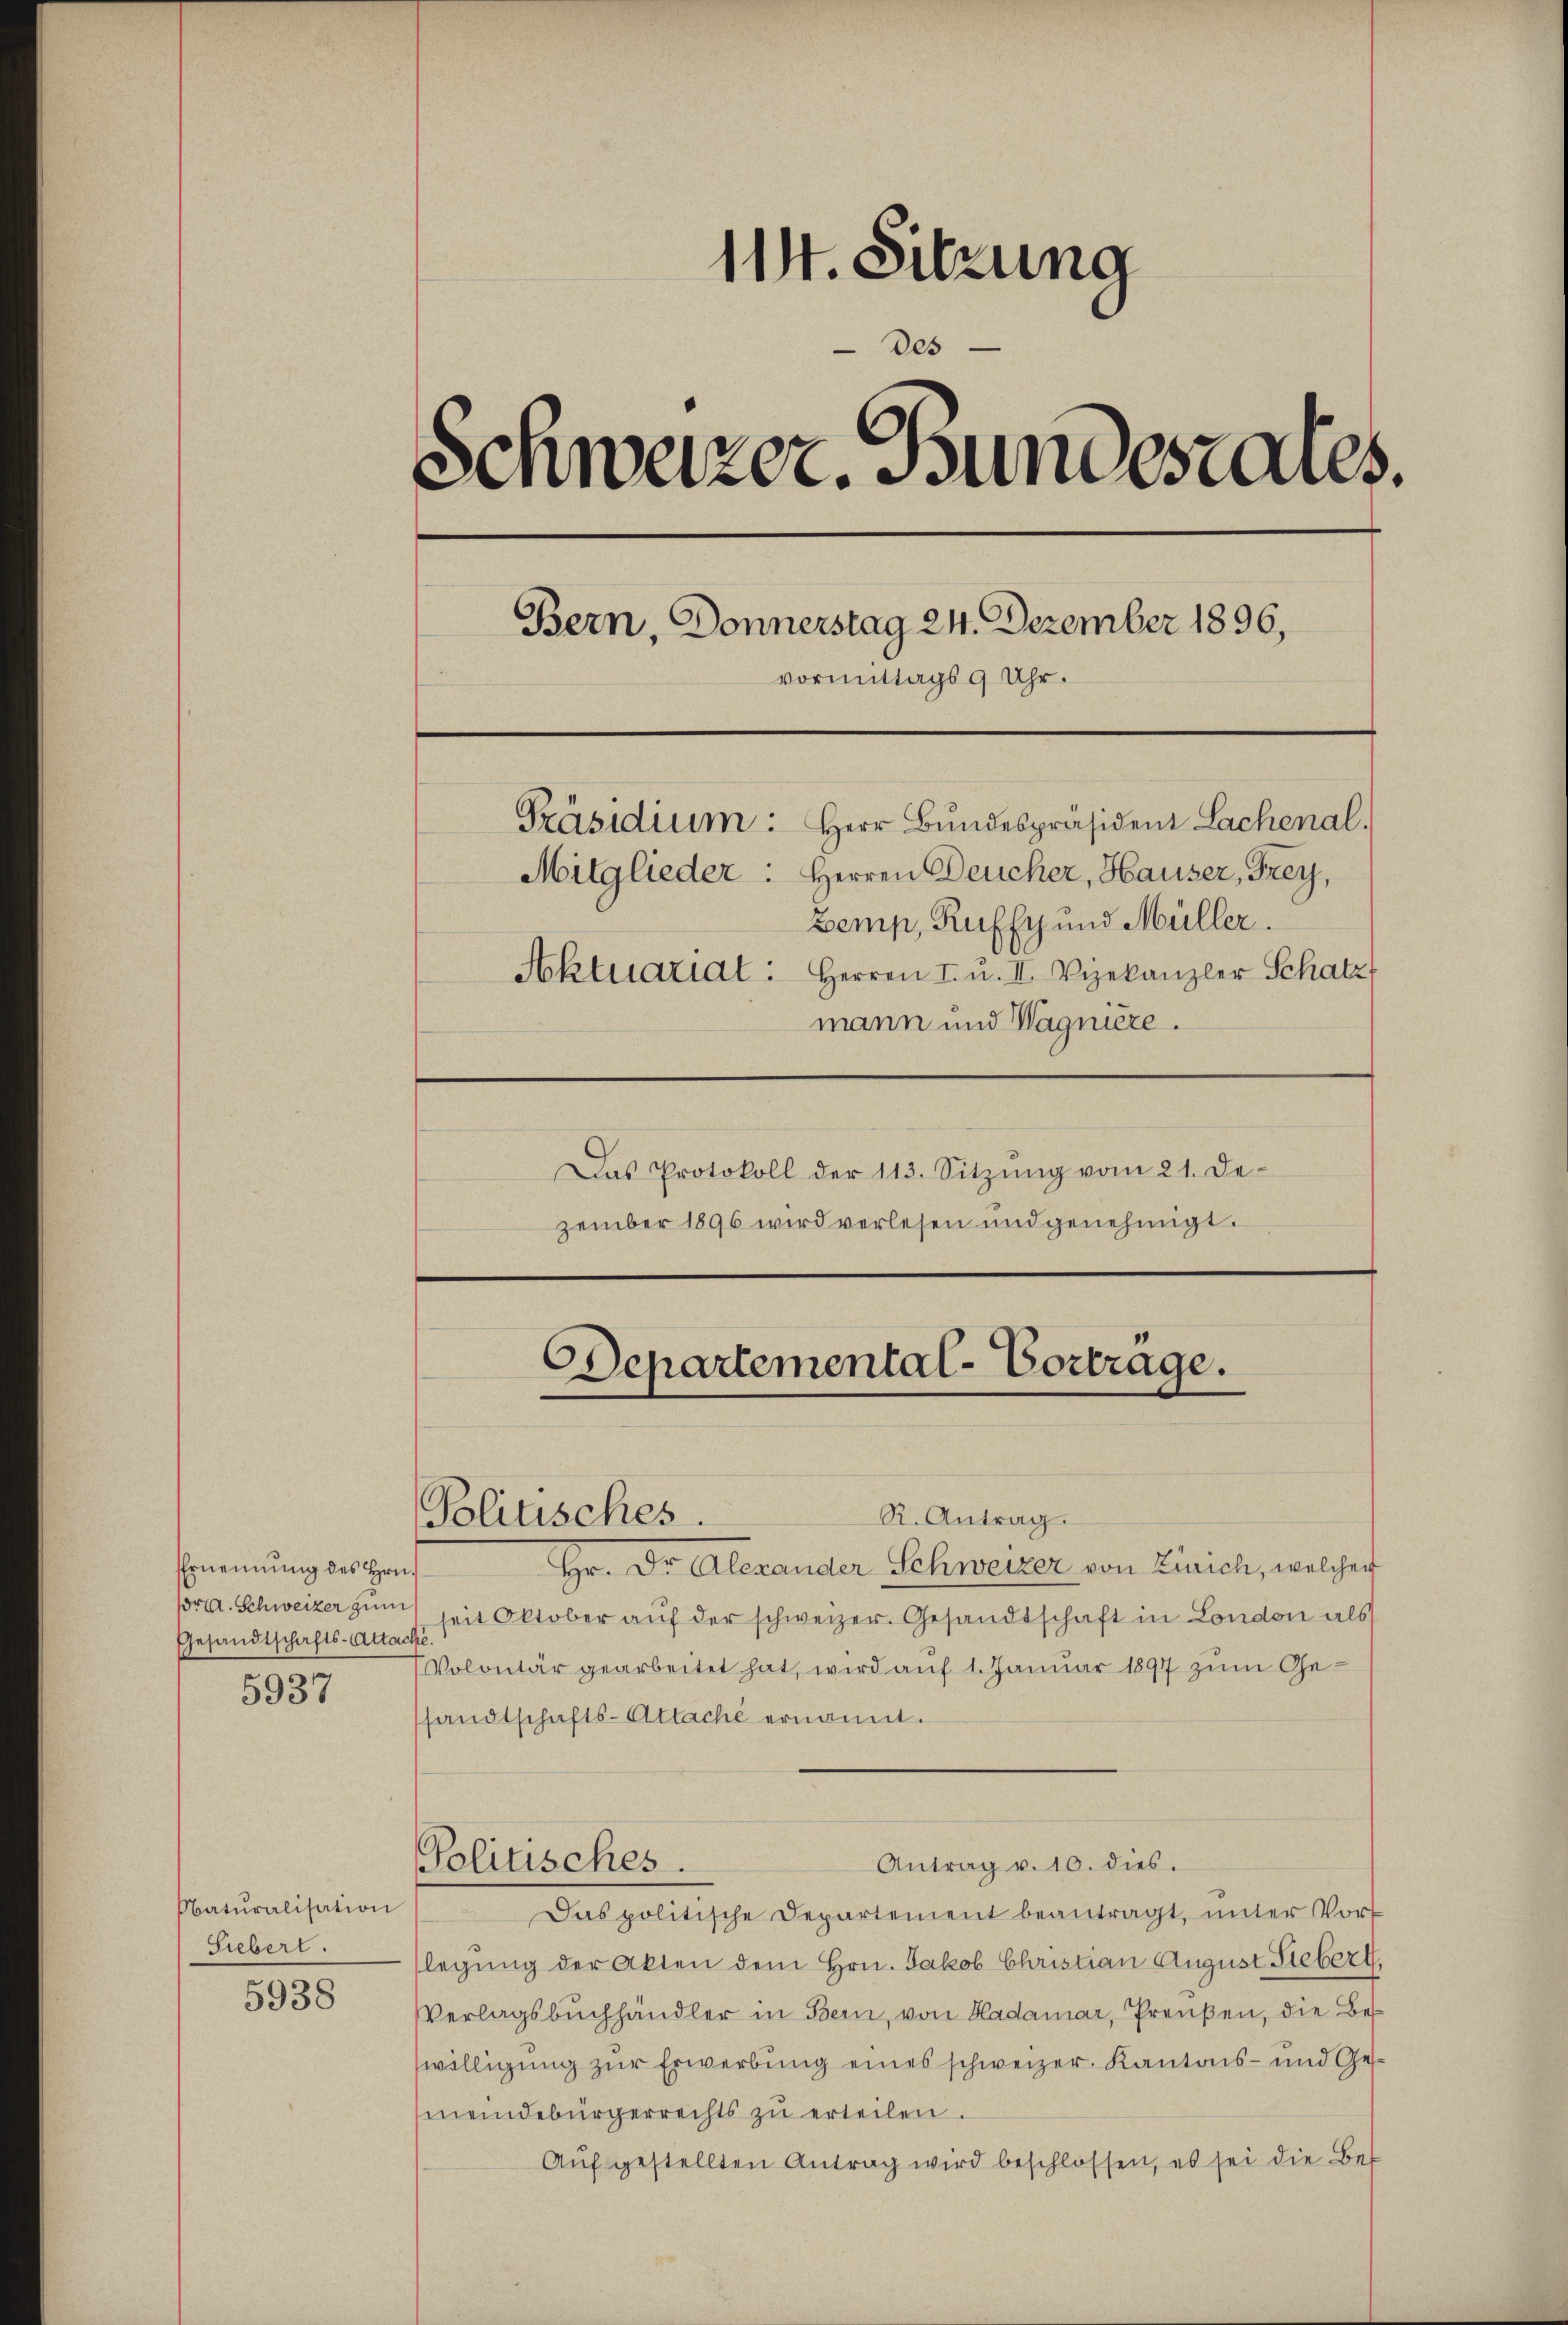
Ernennung des Hrn.
Gesandtschafts-Attache.
5937

Naturalisation
Siebert.
5938

114. Sitzung
des
Schweizer. Bundesrates.
Bern, Donnerstag 24. Dezember 1896,
vormittags 9 Uhr.
Präsidium: Herr Bundespräsident Lachenal.
Mitglieder: Herren Deucher, Hauser, Frey,
Zemp, Ruffy und Müller.
Aktuariat: Herren I. u. II. Vizekanzler Schatz
mann und Wagnière.

Politisches.

Politisches.

Departemental-Vortrage.

Das Protokoll der 113. Sitzŭng vom 21. De-
zember 1896 wird verlesen und genehmigt.

R. Antrag.
Hr. Dr. Alexander Schweizer von Zürich, welcher
pra. Schweizer zum seit Oktober auf der schweizer. Gesandtschaft in London als
Volontär gearbeitet hat, wird auf 1. Januar 1897 zum Gesandtschafts-Attache ernannt.
Antrag v. 10. dies.
Das politische Departement beantragt, ŭnter Vort
legŭng der Akten dem Hrn. Jakob Christian August Siebert.
Verlagsbuchhändler in Bern, von Hadamer, Preußen, die Beswilligung zur Erwerbung eines schweizer. Kantons- und Gesmeindebürgerrechts zŭ erteilen.
Aŭfgestellten Antrag wird beschlossen, es sei die Bes